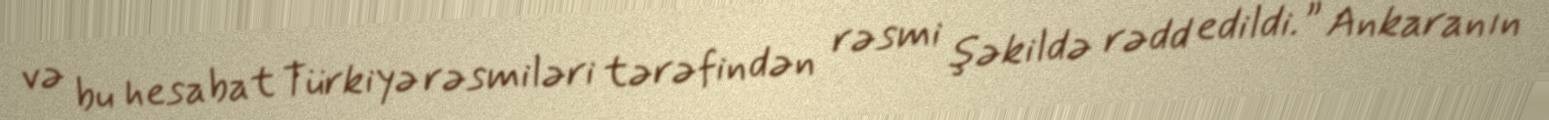
və bu hesabat Türkiyə rəsmiləri tərəfindən rəsmi şəkildə rədd edildi.” Ankaranın